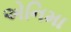
એનિમા